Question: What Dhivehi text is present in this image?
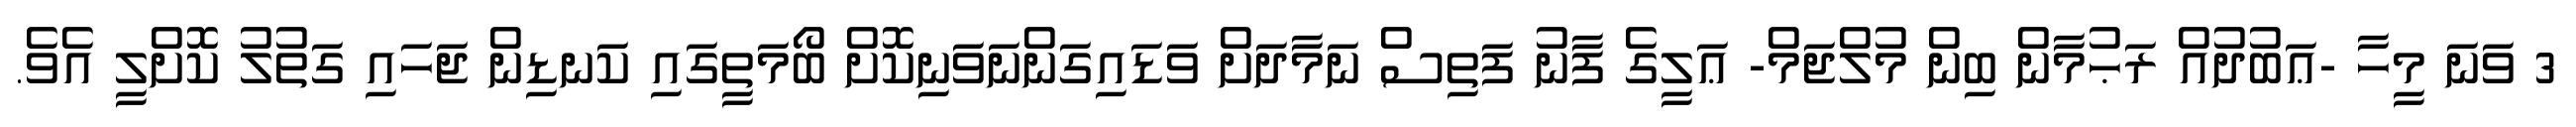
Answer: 3 ވަނަ މީހާ -ޢަބުދުއް ރަޙުމާން ބިން މުލްޖަމް- ޢަލީގެ ފާނު ފަތިސް ނަމާދަށް ވަޑައިގަންނަވަނިކޮށް ބޯމަތީގައި ކަނޑިން ޖަހައި ގަތުލު ކޮށްލީ އެވެ.